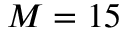
M = 1 5